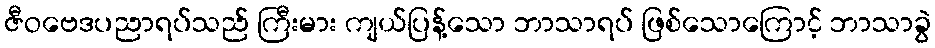
ဇီဝဗေဒပညာရပ်သည် ကြီးမား ကျယ်ပြန့်သော ဘာသာရပ် ဖြစ်သောကြောင့် ဘာသာခွဲ